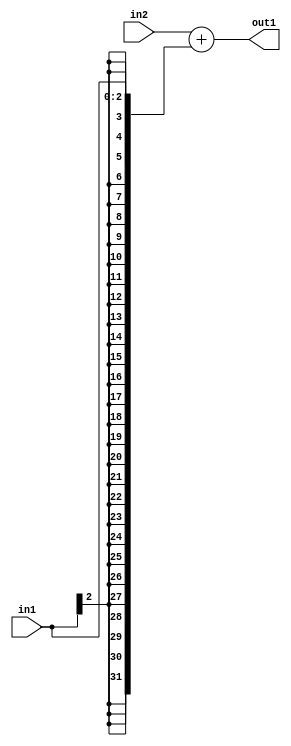
`timescale 1ps / 1ps
/*****************************************************************************
    Verilog RTL Description
    
    
    Created by: Stratus DpOpt 2019.1.01 
*******************************************************************************/

module DC_Filter_Add_32Sx3S_32S_4 (
	in2,
	in1,
	out1
	); /* architecture "behavioural" */ 
input [31:0] in2;
input [2:0] in1;
output [31:0] out1;
wire [31:0] asc001;

assign asc001 = 
	+(in2)
	+({{29{in1[2]}}, in1});

assign out1 = asc001;
endmodule

/* CADENCE  ubLyQws= : u9/ySgnWtBlWxVPRXgAZ4Og= ** DO NOT EDIT THIS LINE ******/